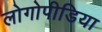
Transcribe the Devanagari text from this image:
लोगोपीडिया